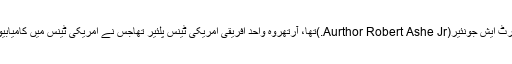
اس شخص کاپورانام آرتھر رابرٹ ایش جونئیر(Aurthor Robert Ashe Jr.)تھا، آرتھروہ واحد افریقی امریکی ٹینس پلئیر تھاجس نے امریکی ٹینس میں کامیابیوں کی نئی تاریخ رقم کی تھی ۔